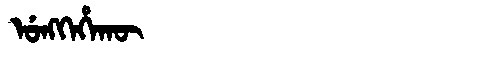
Manchu: ᡠᠩᡴᡝᡥᠠᡴᡡ
Romanization: UNGKEHAKŪ